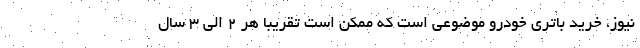
نیوز، خرید باتری خودرو موضوعی است که ممکن است تقریبا هر ۲ الی ۳ سال